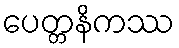
ပေတ္တနိကဿ